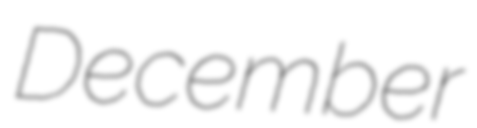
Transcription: December